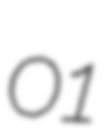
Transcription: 01